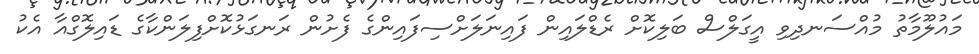
މައުލޫމާތު މުއްސަނދިވި އީގަލްސް ބަލިކޮށް ރެޑްލައިން ފައިނަލަށްސިފައިންގެ ފެށުން ރަނގަޅުކޮށްފިލަންކާގެ ޑައިލޮގްއާ އެކު